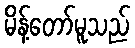
မိန့်တော်မူသည်